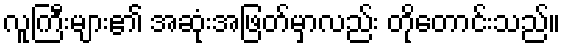
လူကြီးများ၏ အဆုံးအဖြတ်မှာလည်း တိုတောင်းသည်။